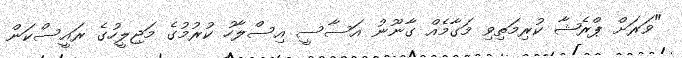
"ވަރަށް ޕްރެޝާ ކުރިމަތިވި މަގާމެއް ގާނޫނު އަސާސީ އިސްލާހު ކުރުމުގެ މަޖިލީހުގެ ރައީސްކަން